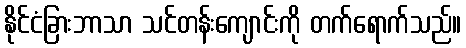
နိုင်ငံခြားဘာသာ သင်တန်းကျောင်းကို တက်ရောက်သည်။